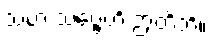
သဟ သဗ္ဗေဟိ ဉာတိဘိ။